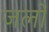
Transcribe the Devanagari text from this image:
जलो